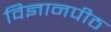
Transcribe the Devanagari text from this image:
विज्ञानपीठ